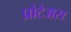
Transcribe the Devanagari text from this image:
प्रोटेअस